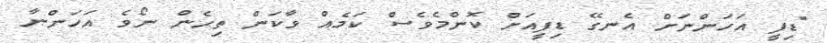
"ޑިފީ އަހަންނަށް އެނގޭ ޑިފީއަށް ކޮންމެވެސް ކަމެއް ވާކަން ތިހެން ނޯވެ އަހަންނާ